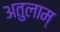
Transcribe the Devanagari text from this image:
अतुलाम्